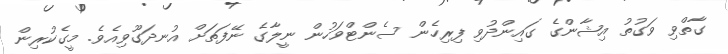
ގާތްވި ވަގުތު އިޝާންގެ ގައިންދުވި ފިރިހެން ސެންޓްވަހުން ނީލާގެ ނޭފަތަށް އުނދަގޫވިއެވެ. މީގެކުރިން